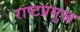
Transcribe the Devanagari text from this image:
राष्टप्रमुख